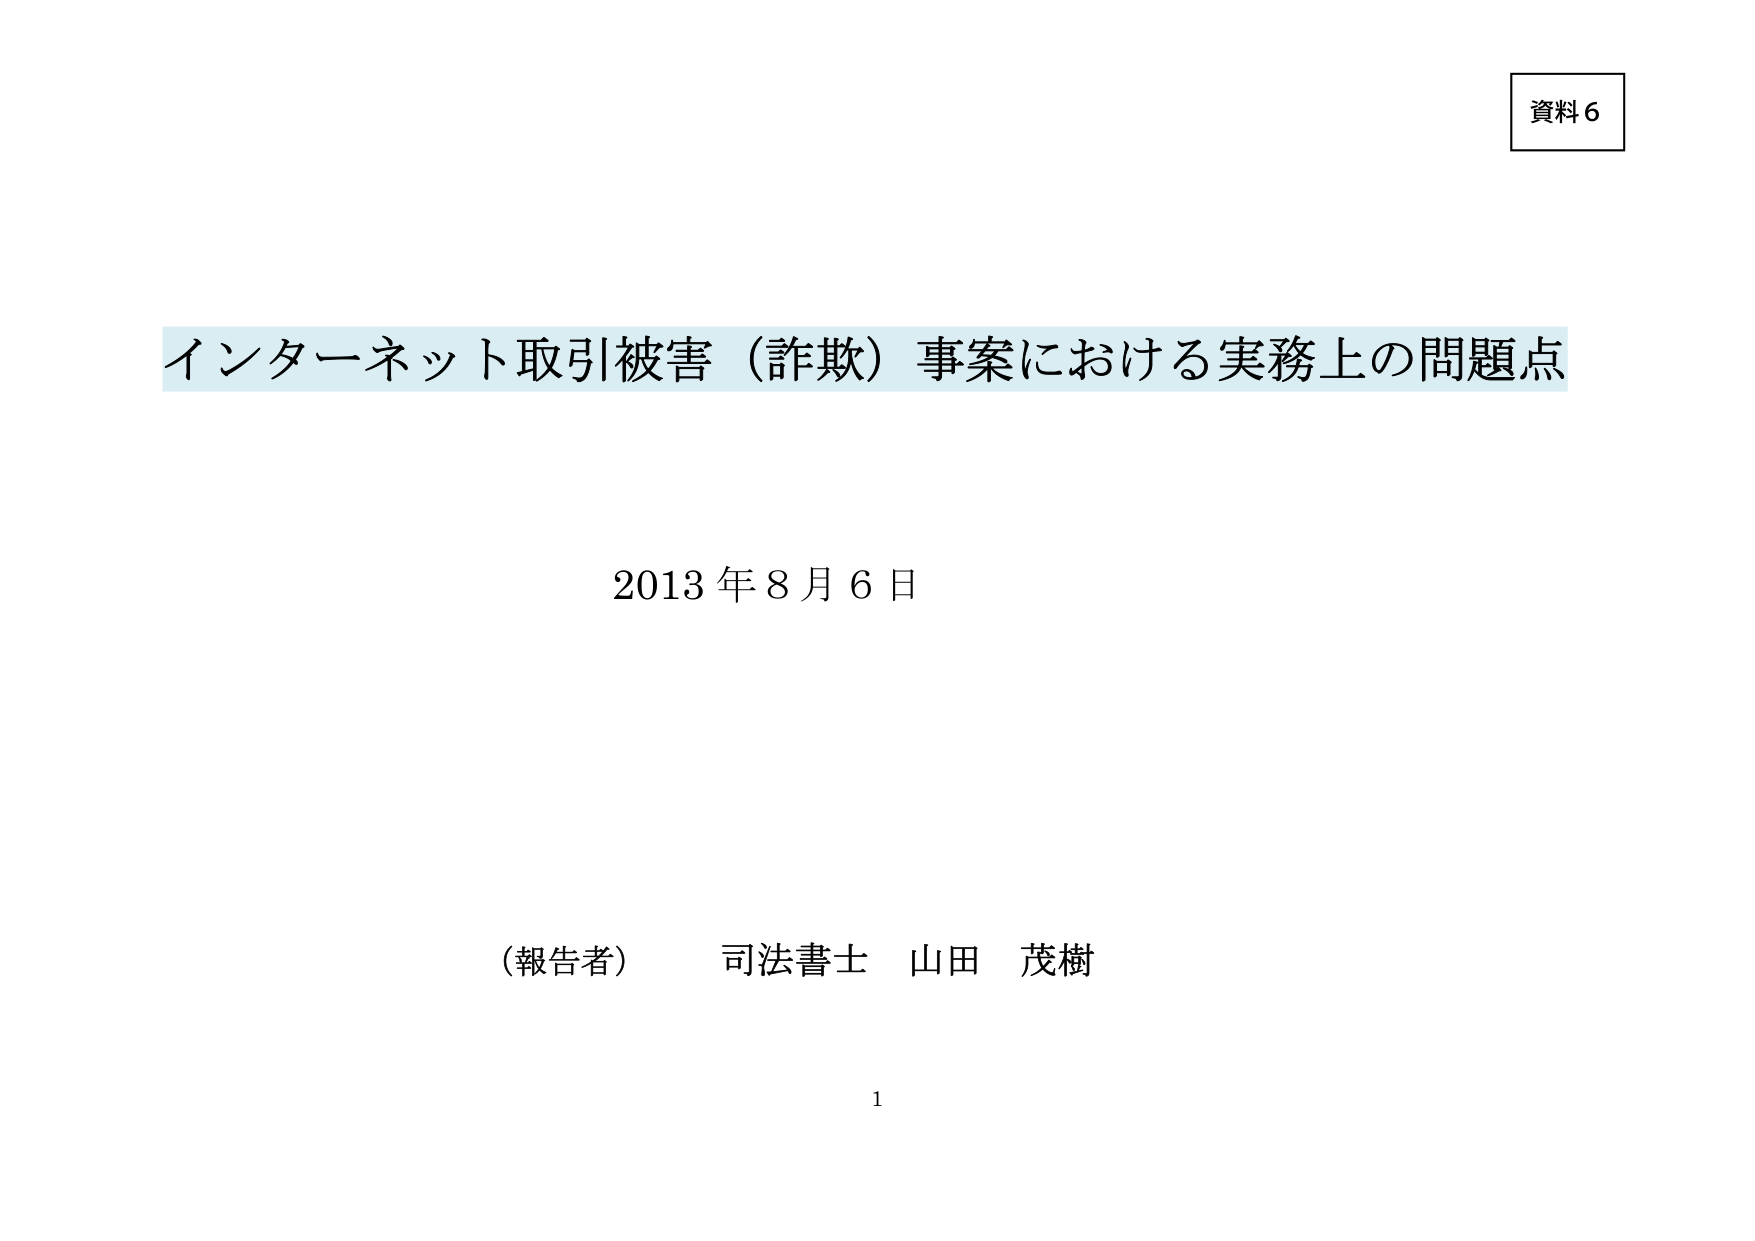
資料6

インターネット取引被害（詐欺）事案における実務上の問題点

2013年8月6日

（報告者）　司法書士　山田　茂樹

1